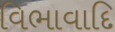
વિભાવાદિ